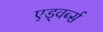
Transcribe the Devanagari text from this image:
एड्वर्ब्स